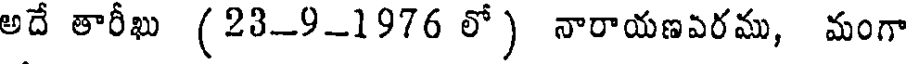
అదే తారీఖు (23-9-1976 లో ) నారాయణవరము, మంగా